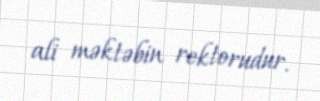
ali məktəbin rektorudur.